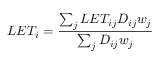
L E T _ { i } = \frac { \sum _ { j } L E T _ { i j } D _ { i j } w _ { j } } { \sum _ { j } D _ { i j } w _ { j } }